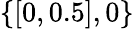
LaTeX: \{ [0,0.5],0\}